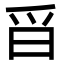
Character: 㸓